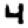
Digit: 4